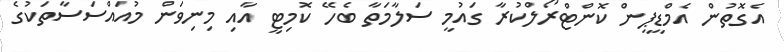
އެގޮތުން އެމްޑީޕީން ކޮންޓްރޯލްކުރާ ގައުމީ ސަލާމަތާ ބެހޭ ކޮމިޓީ އާއި މިނިވަން މުއައްސަސާތަކުގެ